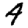
Digit: 4